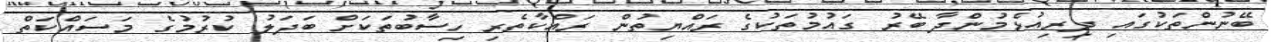
ބޭނުންތަކުގައި ދިރިއުޅެމުންދާ ބޭރު ގައުމުތަކުގެ ރައްޔިތުން ރައްކާތެރި ހިސާބުތަކަށް ބަދަލު ކުރުމުގެ މަސައްކަތް